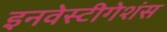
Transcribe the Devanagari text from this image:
इनवेस्टीगेशंस